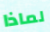
لماذا